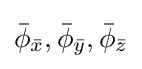
{\bar {\phi }}_{\bar {x}},{\bar {\phi }}_{\bar {y}},{\bar {\phi }}_{\bar {z}}